Lunatic asylums Punjab 1881-1894 - 1881-1894
Year: 1881
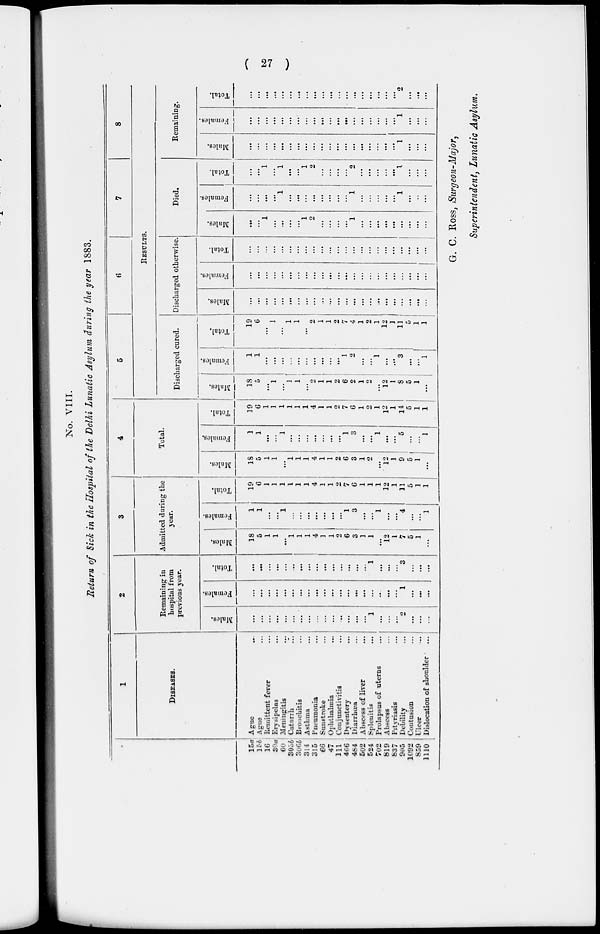
( 27 )
No. VIII.
Return of Sick in the Hospital of the Delhi Lunatic Asylum during the year 1883.
15a
15b
16
30a
60
305b
306b
314
315
66
47
111
466
484
502
524
702
819
837
905
1092
859
1110
1
DISEASES.
Ague
...
Ague ...
Remittent fever
...
Erysipelas
...
Meningitis
...
Catarrh
...
Bronchitis
...
Asthma
...
Pneumonia
...
Sunstroke
...
Ophthalmia
...
Coujunctivitis
...
Dysentery
...
Diarrhœa
...
Abscess of liver
...
Splenitis
...
Prolapsus of uterns
...
Abscess
...
Pityriasis
...
Debility
...
Contusion
...
Ulcer
...
Dislocation of shoulder
...
2
Remaining in
hospital from
previous year.
Males.
...
...
...
...
...
...
...
...
...
...
...
...
...
...
...
1
...
...
...
2
...
...
...
Females.
...
...
...
...
...
...
...
...
...
...
...
...
...
...
...
...
...
...
...
1
...
...
...
Total.
...
...
...
...
...
...
...
...
...
...
...
...
...
...
...
1
...
...
...
3
...
...
...
3
Admitted daring the
year.
Males.
18
5
1
1
...
1
1
1
4
1
1
2
6
3
1
1
...
12
1
7
5
1
...
Females.
1
1
...
...
1
...
...
...
...
...
...
...
1
3
...
...
1
...
...
4
...
...
1
Total.
19
6
1
1
1
1
1
1
4
1
1
2
7
6
1
1
1
12
1
11
5
1
1
4
Total.
Males.
18
5
1
1
...
1
1
1
4
1
1
2
6
3
1
2
...
12
1
9
5
1
...
Females.
1
1
...
...
1
...
...
...
...
...
...
...
1
3
...
...
1
...
...
5
...
...
1
Total.
19
6
1
1
1
1
1
1
4
1
1
2
7
6
1
2
1
12
1
14
5
1
1
5
6
7
8
RESULTS.
Discharged cured.
Males.
18
5
...
1
...
1
1
...
2
1
1
2
6
2
1
2
...
12
1
8
5
1
...
Females.
1
1
...
...
...
...
...
...
...
...
...
...
1
2
...
...
1
...
...
3
...
...
1
Total.
19
6
...
1
...
1
1
...
2
1
1
2
7
4
1
2
1
12
1
11
5
1
1
Discharged otherwise.
Males.
...
...
...
...
...
...
...
...
...
...
...
...
...
...
...
...
...
...
...
...
...
...
...
Females.
...
...
...
...
...
...
...
...
...
...
...
...
...
...
...
...
...
...
...
...
...
...
...
Total.
...
...
...
...
...
...
...
...
...
...
...
...
...
...
...
...
...
...
...
...
...
...
...
Died.
Males.
...
...
1
...
...
...
...
1
2
...
...
...
...
1
...
...
...
...
...
...
...
...
...
Females.
...
...
...
...
1
...
...
...
...
...
...
...
...
1
...
...
...
...
...
1
...
...
...
Total.
...
...
1
...
1
...
...
1
2
...
...
...
...
2
...
...
...
...
...
1
...
...
...
Remaining.
Males.
...
...
...
...
...
...
...
...
...
...
...
...
...
...
...
...
...
...
...
1
...
...
...
Females.
...
...
...
...
...
...
...
...
...
...
...
...
...
...
...
...
...
...
...
1
...
...
...
Total.
...
...
...
...
...
...
...
...
...
...
...
...
...
...
...
...
...
...
...
2
...
...
...
G. C. Ross, Surgeon-Major,
Superintendent, Lunatic Asylum.